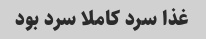
غذا سرد کاملا سرد بود